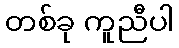
တစ်ခု ကူညီပါ